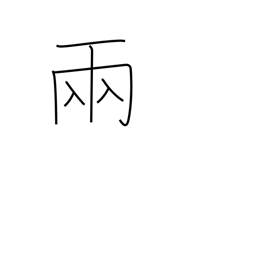
Meaning: counter for vehicles